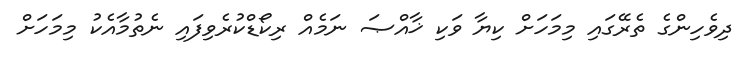
ދިވެހިންގެ ތެރޭގައި މިމަހަށް ކިޔާ ވަކި ޚާއްޞަ ނަމެއް ރިކޯޑްކުރެވިފައި ނެތުމާއެކު މިމަހަށް